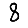
Digit: 8